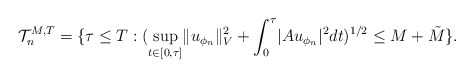
\begin{align*}\mathcal{T}_n^{M,T} = \{ \tau \leq T : ( \sup_{t \in [0,\tau]} \lVert u_{\phi_n} \rVert_V^2 + \int_0^\tau \lvert Au_{\phi_n} \rvert^2 dt )^{1/2} \leq M + \tilde{M} \}. \end{align*}